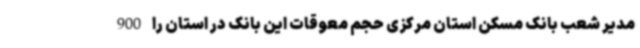
مدیر شعب بانک مسکن استان مرکزی حجم معوقات این بانک در استان را 900